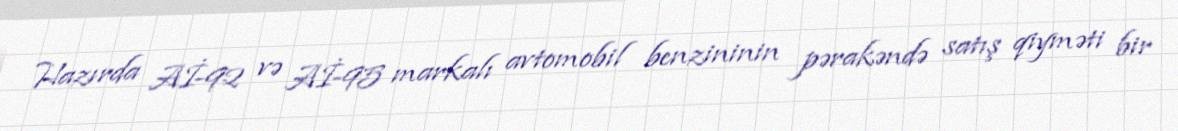
Hazırda Aİ-92 və Aİ-95 markalı avtomobil benzininin pərakəndə satış qiyməti bir